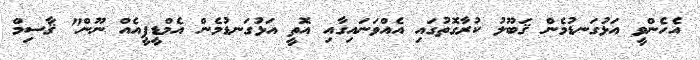
އެހެންވީ އަޅުގަނޑުމެން ޤަބޫލު ކުރާގޮތުގައި އެއްވަނައިގާއި އޮތީ އަޅުގަނޑުމެން އެމްޑީޕީއެއް ނޫން" ޤާސިމް